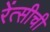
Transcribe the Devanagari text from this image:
रेंत्सीची